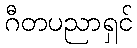
ဂီတပညာရှင်